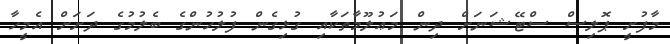
މާފުށީ ޕޮލިސް ސްޓޭޝަނަށް ދިން މަޢުލޫމާތަކާއި ގުޅިގެން ފުލުހުންގެ ބެލުމުގެ ދަށަށް އެމީހާ